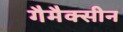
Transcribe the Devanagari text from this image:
गैमैक्सीन